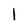
Character: l